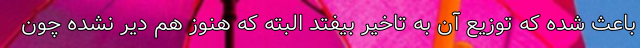
باعث شده که توزیع آن به تاخیر بیفتد البته که هنوز هم دیر نشده چون